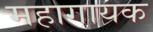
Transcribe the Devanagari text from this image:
महागायक